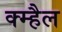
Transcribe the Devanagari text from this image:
क्म्हैल